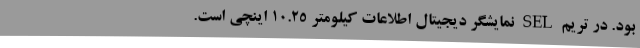
بود. در تریم SEL نمایشگر دیجیتال اطلاعات کیلومتر 10.25 اینچی است.